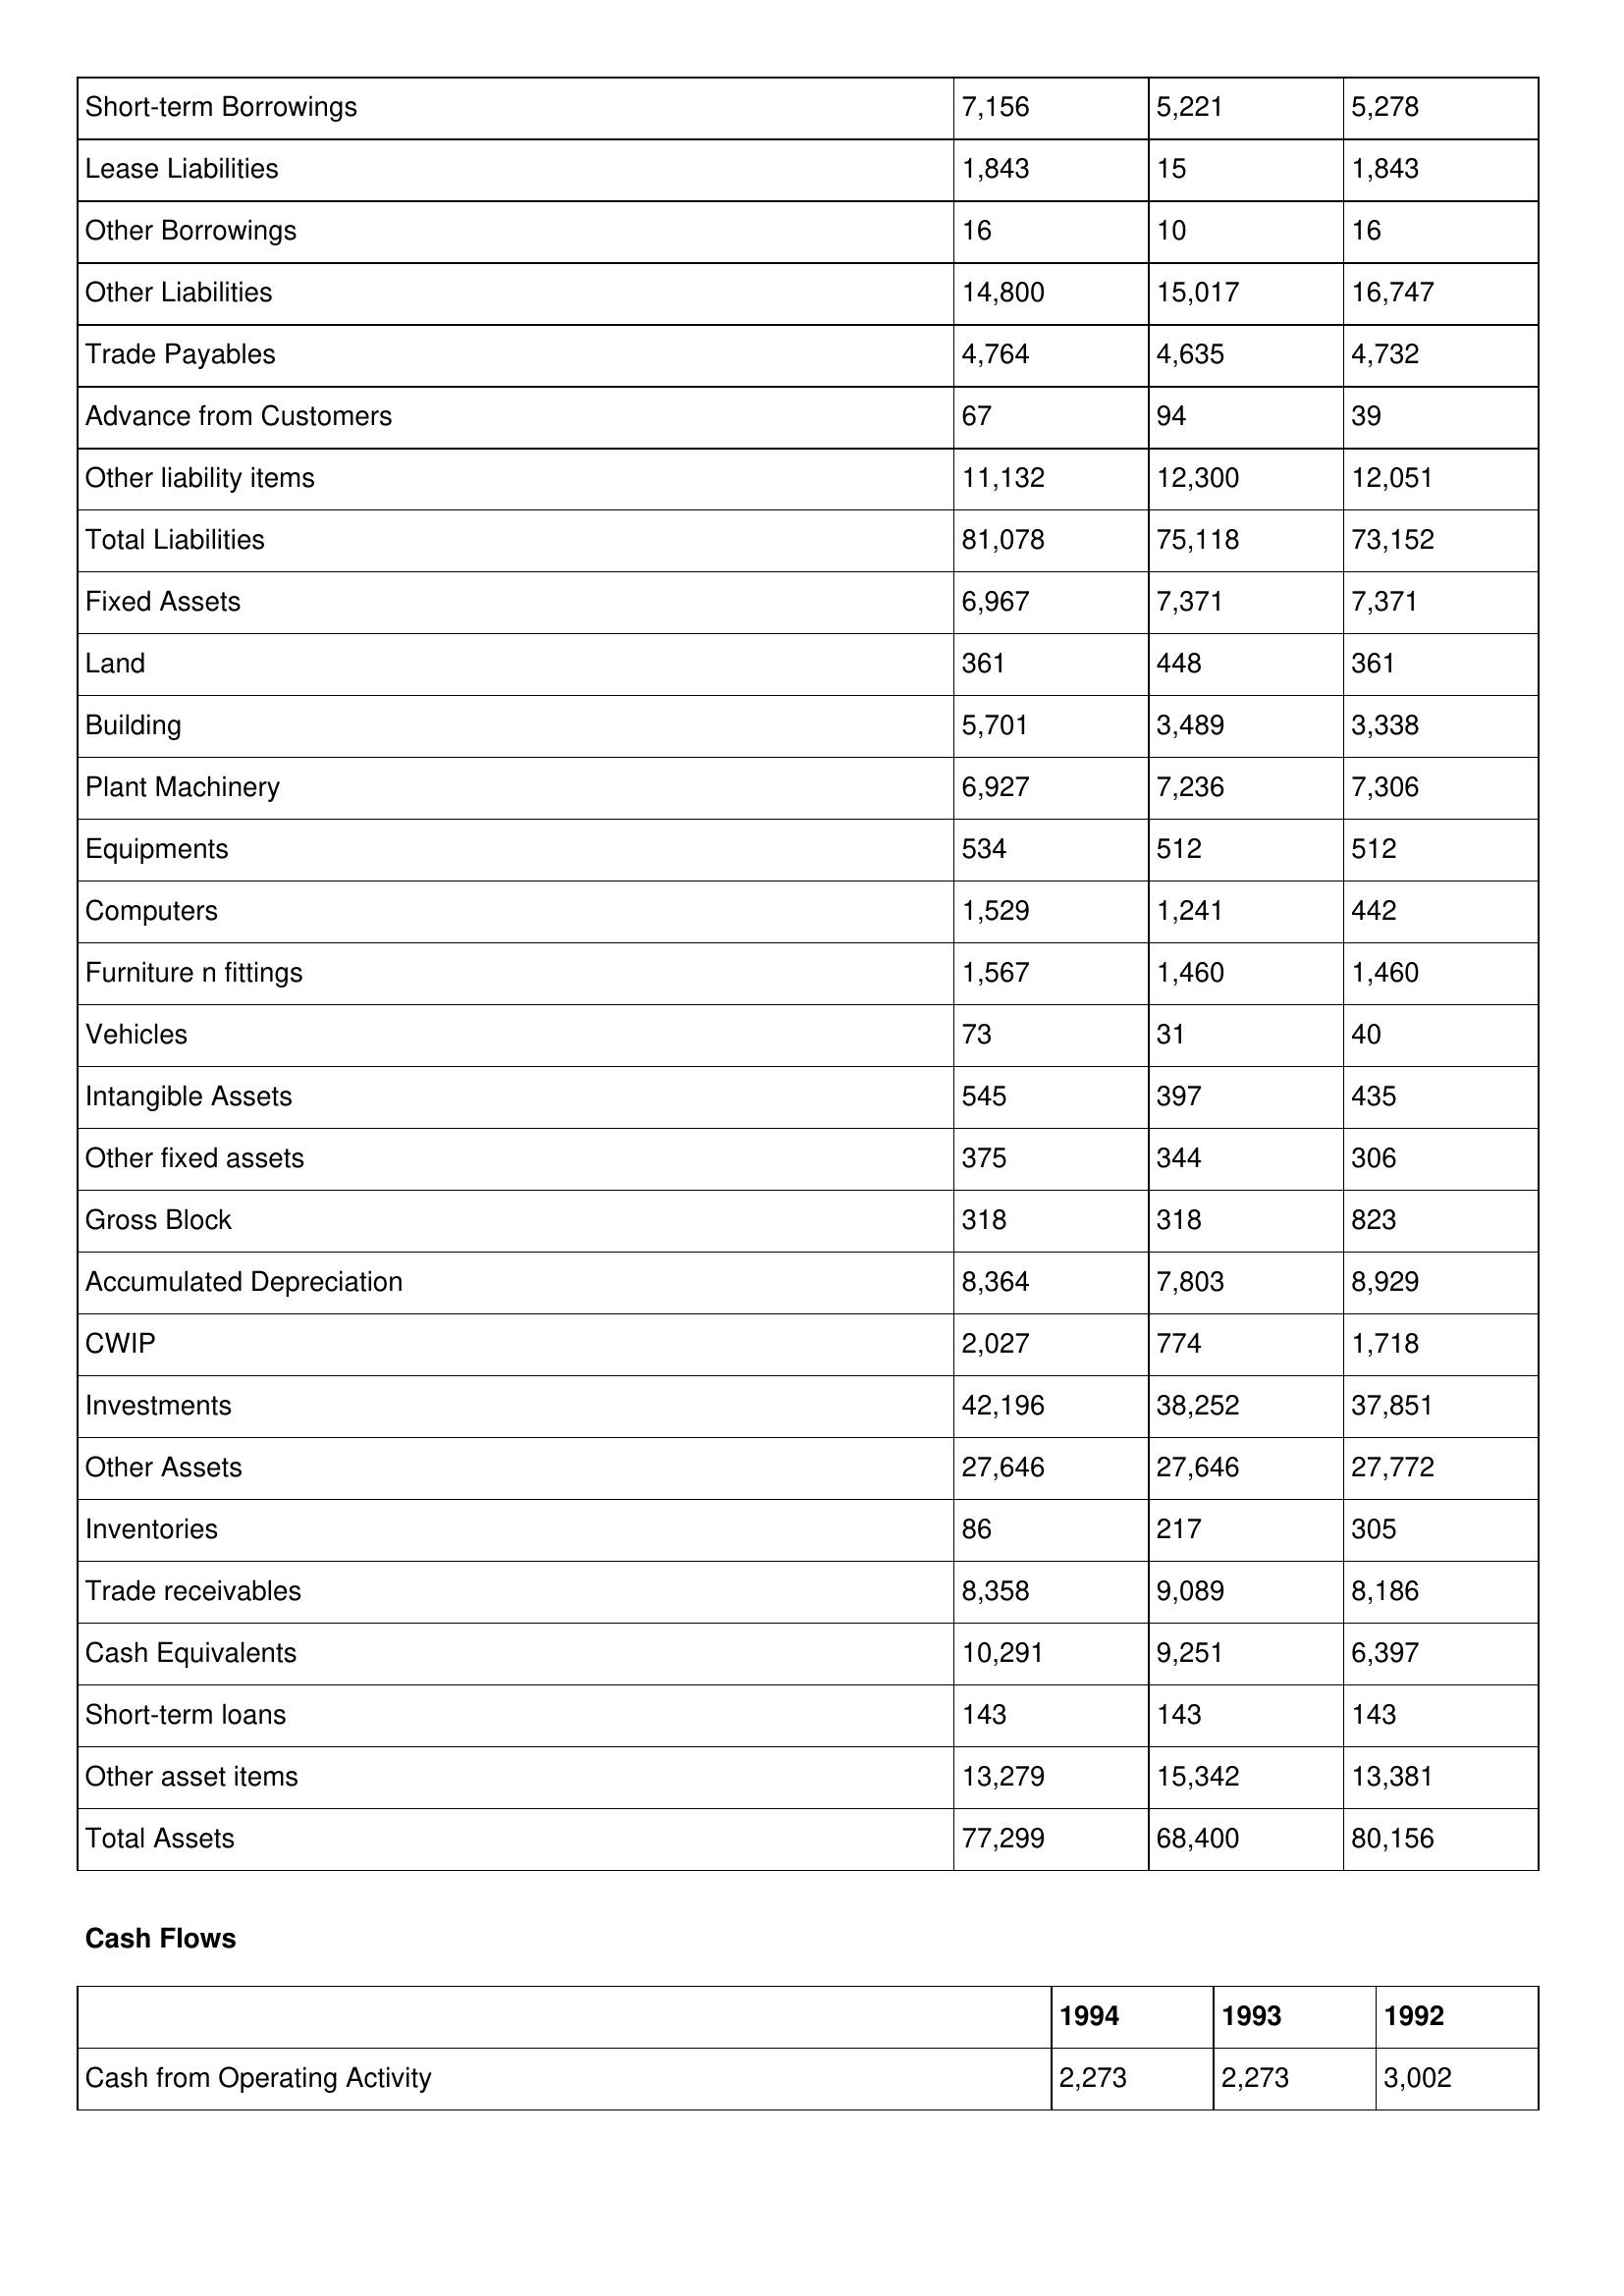
gt_parse: 1994: Balance Sheet: Short-term Borrowings: 7,156
Lease Liabilities: 1,843
Other Borrowings: 16
Other Liabilities: 14,800
Trade Payables: 4,764
Advance from Customers: 67
Other liability items: 11,132
Total Liabilities: 81,078
Fixed Assets: 6,967
Land: 361
Building: 5,701
Plant Machinery: 6,927
Equipments: 534
Computers: 1,529
Furniture n fittings: 1,567
Vehicles: 73
Intangible Assets: 545
Other fixed assets: 375
Gross Block: 318
Accumulated Depreciation: 8,364
CWIP: 2,027
Investments: 42,196
Other Assets: 27,646
Inventories: 86
Trade receivables: 8,358
Cash Equivalents: 10,291
Short-term loans: 143
Other asset items: 13,279
Total Assets: 77,299
Cash Flows: Cash from Operating Activity: 2,273
1993: Balance Sheet: Short-term Borrowings: 5,221
Lease Liabilities: 15
Other Borrowings: 10
Other Liabilities: 15,017
Trade Payables: 4,635
Advance from Customers: 94
Other liability items: 12,300
Total Liabilities: 75,118
Fixed Assets: 7,371
Land: 448
Building: 3,489
Plant Machinery: 7,236
Equipments: 512
Computers: 1,241
Furniture n fittings: 1,460
Vehicles: 31
Intangible Assets: 397
Other fixed assets: 344
Gross Block: 318
Accumulated Depreciation: 7,803
CWIP: 774
Investments: 38,252
Other Assets: 27,646
Inventories: 217
Trade receivables: 9,089
Cash Equivalents: 9,251
Short-term loans: 143
Other asset items: 15,342
Total Assets: 68,400
Cash Flows: Cash from Operating Activity: 2,273
1992: Balance Sheet: Short-term Borrowings: 5,278
Lease Liabilities: 1,843
Other Borrowings: 16
Other Liabilities: 16,747
Trade Payables: 4,732
Advance from Customers: 39
Other liability items: 12,051
Total Liabilities: 73,152
Fixed Assets: 7,371
Land: 361
Building: 3,338
Plant Machinery: 7,306
Equipments: 512
Computers: 442
Furniture n fittings: 1,460
Vehicles: 40
Intangible Assets: 435
Other fixed assets: 306
Gross Block: 823
Accumulated Depreciation: 8,929
CWIP: 1,718
Investments: 37,851
Other Assets: 27,772
Inventories: 305
Trade receivables: 8,186
Cash Equivalents: 6,397
Short-term loans: 143
Other asset items: 13,381
Total Assets: 80,156
Cash Flows: Cash from Operating Activity: 3,002